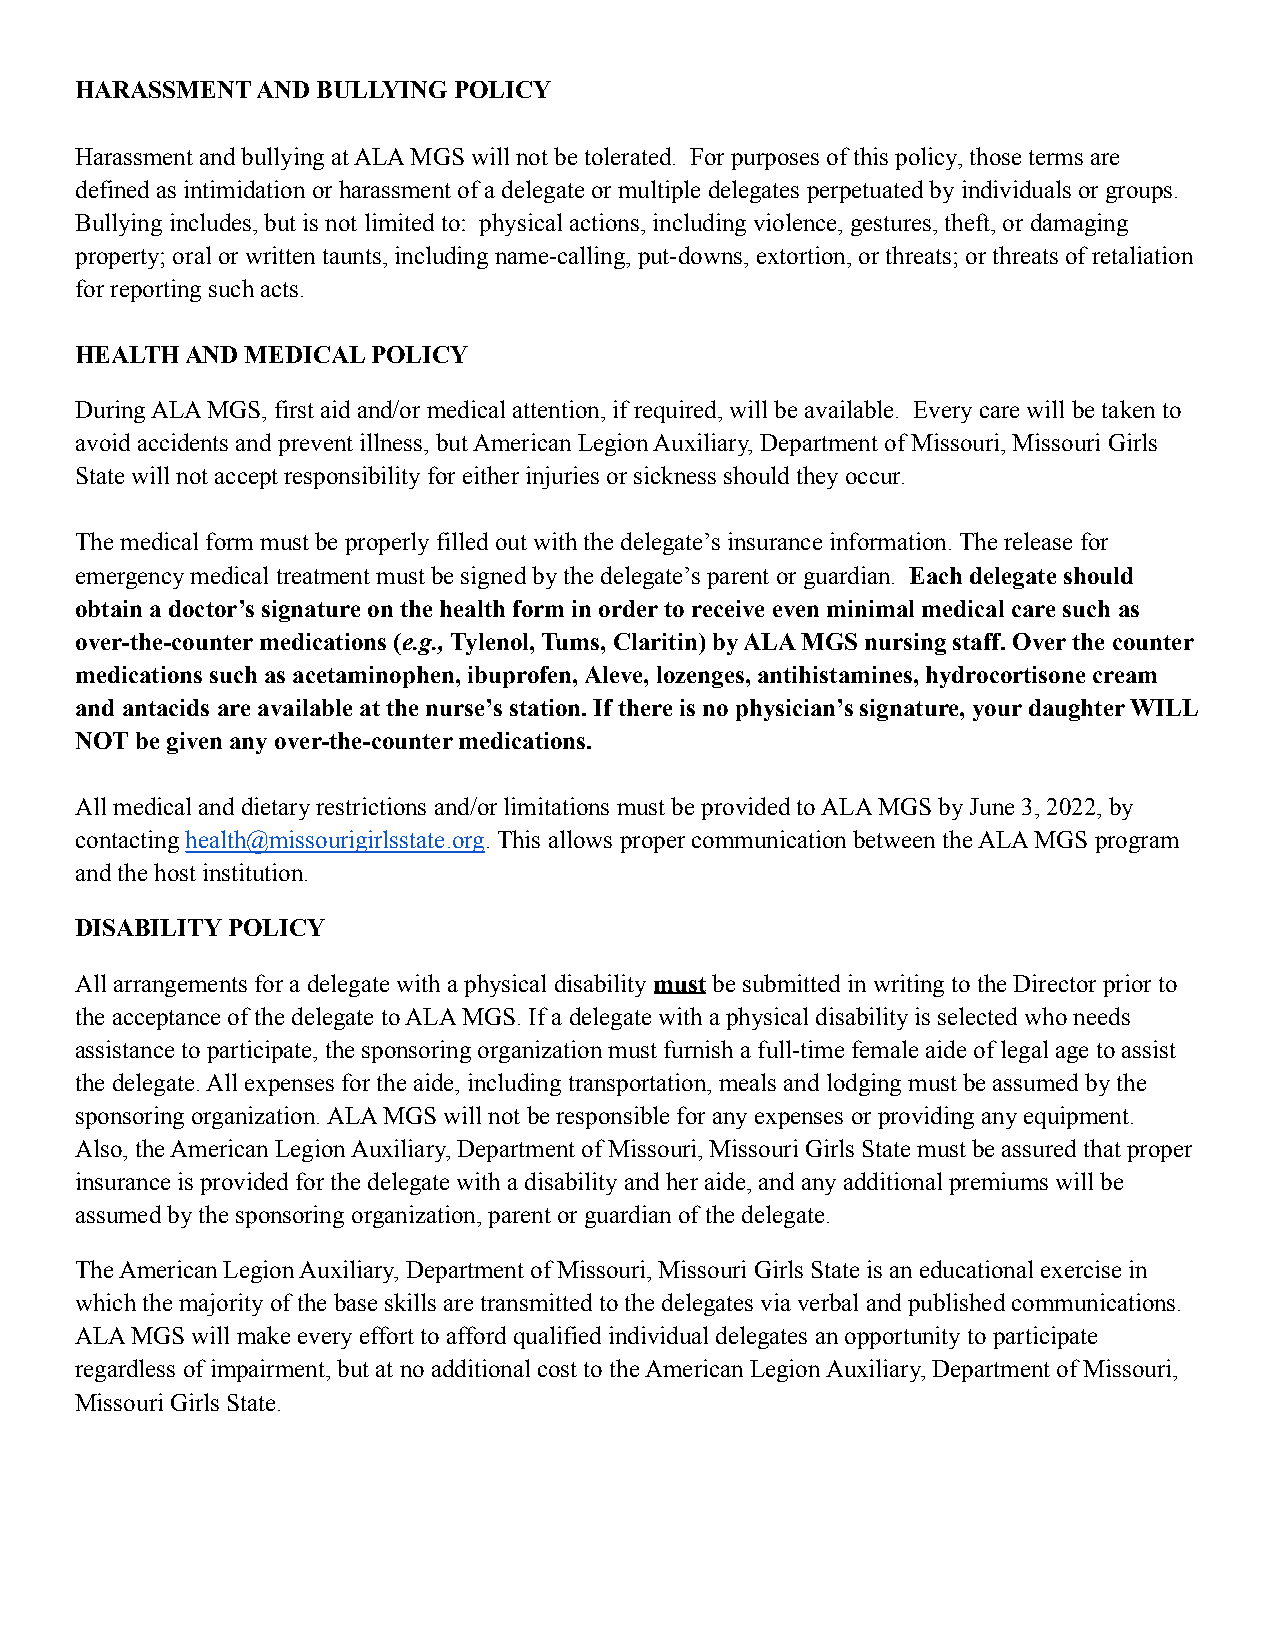
HARASSMENT  AND BULLYING POLICY
 Harassment and bullying at ALA MGS will not be tolerated. For purposes of this policy, those terms are
 defined as intimidation or harassment of a delegate or multiple delegates perpetuated by individuals or groups.
 Bullying includes, but is not limited to: physical actions, including violence, gestures, theft, or damaging
 property; oral or written taunts, including name-calling, put-downs, extortion, or threats; or threats of retaliation
 for reporting such acts.
 HEALTH AND MEDICAL  POLICY
 During ALA MGS, first aid and/or medical attention, if required, will be available. Every care will be taken to
 avoid accidents and prevent illness, but American Legion Auxiliary, Department of Missouri, Missouri Girls
 State will not accept responsibility for either injuries or sickness should they occur.
 The medical form must be properly filled out with the delegate’s insurance information. The release for
 emergency medical treatment must be signed by the delegate’s parent or guardian. Each delegate should
 obtain a doctor’s signature on the health form in order to receive even minimal medical care such as
 over-the-counter medications (e.g.,Tylenol, Tums, Claritin) by ALA MGS nursing staff. Over the counter
 medications such as acetaminophen, ibuprofen, Aleve, lozenges, antihistamines, hydrocortisone cream
 and antacids are available at the nurse’s station. If there is no physician’s signature, your daughter WILL
 NOT be given any over-the-counter medications.
 All medical and dietary restrictions and/or limitations must be provided to ALA MGS by June 3, 2022, by
 contactinghealth@missourigirlsstate.org. This allows proper communication between the ALA MGS program
 and the host institution.
 DISABILITY POLICY
 All arrangements for a delegate with a physical disabilitymust be submitted in writing to the Director prior to
 the acceptance of the delegate to ALA MGS. If a delegate with a physical disability is selected who needs
 assistance to participate, the sponsoring organization must furnish a full-time female aide of legal age to assist
 the delegate. All expenses for the aide, including transportation, meals and lodging must be assumed by the
 sponsoring organization. ALA MGS will not be responsible for any expenses or providing any equipment.
 Also, the American Legion Auxiliary, Department of Missouri, Missouri Girls State must be assured that proper
 insurance is provided for the delegate with a disability and her aide, and any additional premiums will be
 assumed by the sponsoring organization, parent or guardian of the delegate.
 The American Legion Auxiliary, Department of Missouri, Missouri Girls State is an educational exercise in
 which the majority of the base skills are transmitted to the delegates via verbal and published communications.
 ALA MGS will make every effort to afford qualified individual delegates an opportunity to participate
 regardless of impairment, but at no additional cost to the American Legion Auxiliary, Department of Missouri,
 Missouri Girls State.